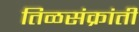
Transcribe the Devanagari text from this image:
तिळसंक्रांती